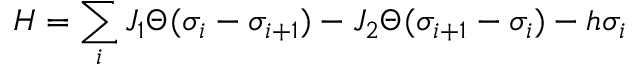
H = \sum _ { i } J _ { 1 } \Theta ( \sigma _ { i } - \sigma _ { i + 1 } ) - J _ { 2 } \Theta ( \sigma _ { i + 1 } - \sigma _ { i } ) - h \sigma _ { i }